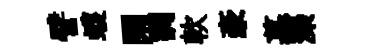
譬蠖閑調軟豪墓灤